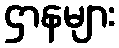
ဌာနများ